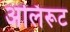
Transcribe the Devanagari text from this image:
अलिरूट